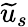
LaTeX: \widetilde{u}_{s}